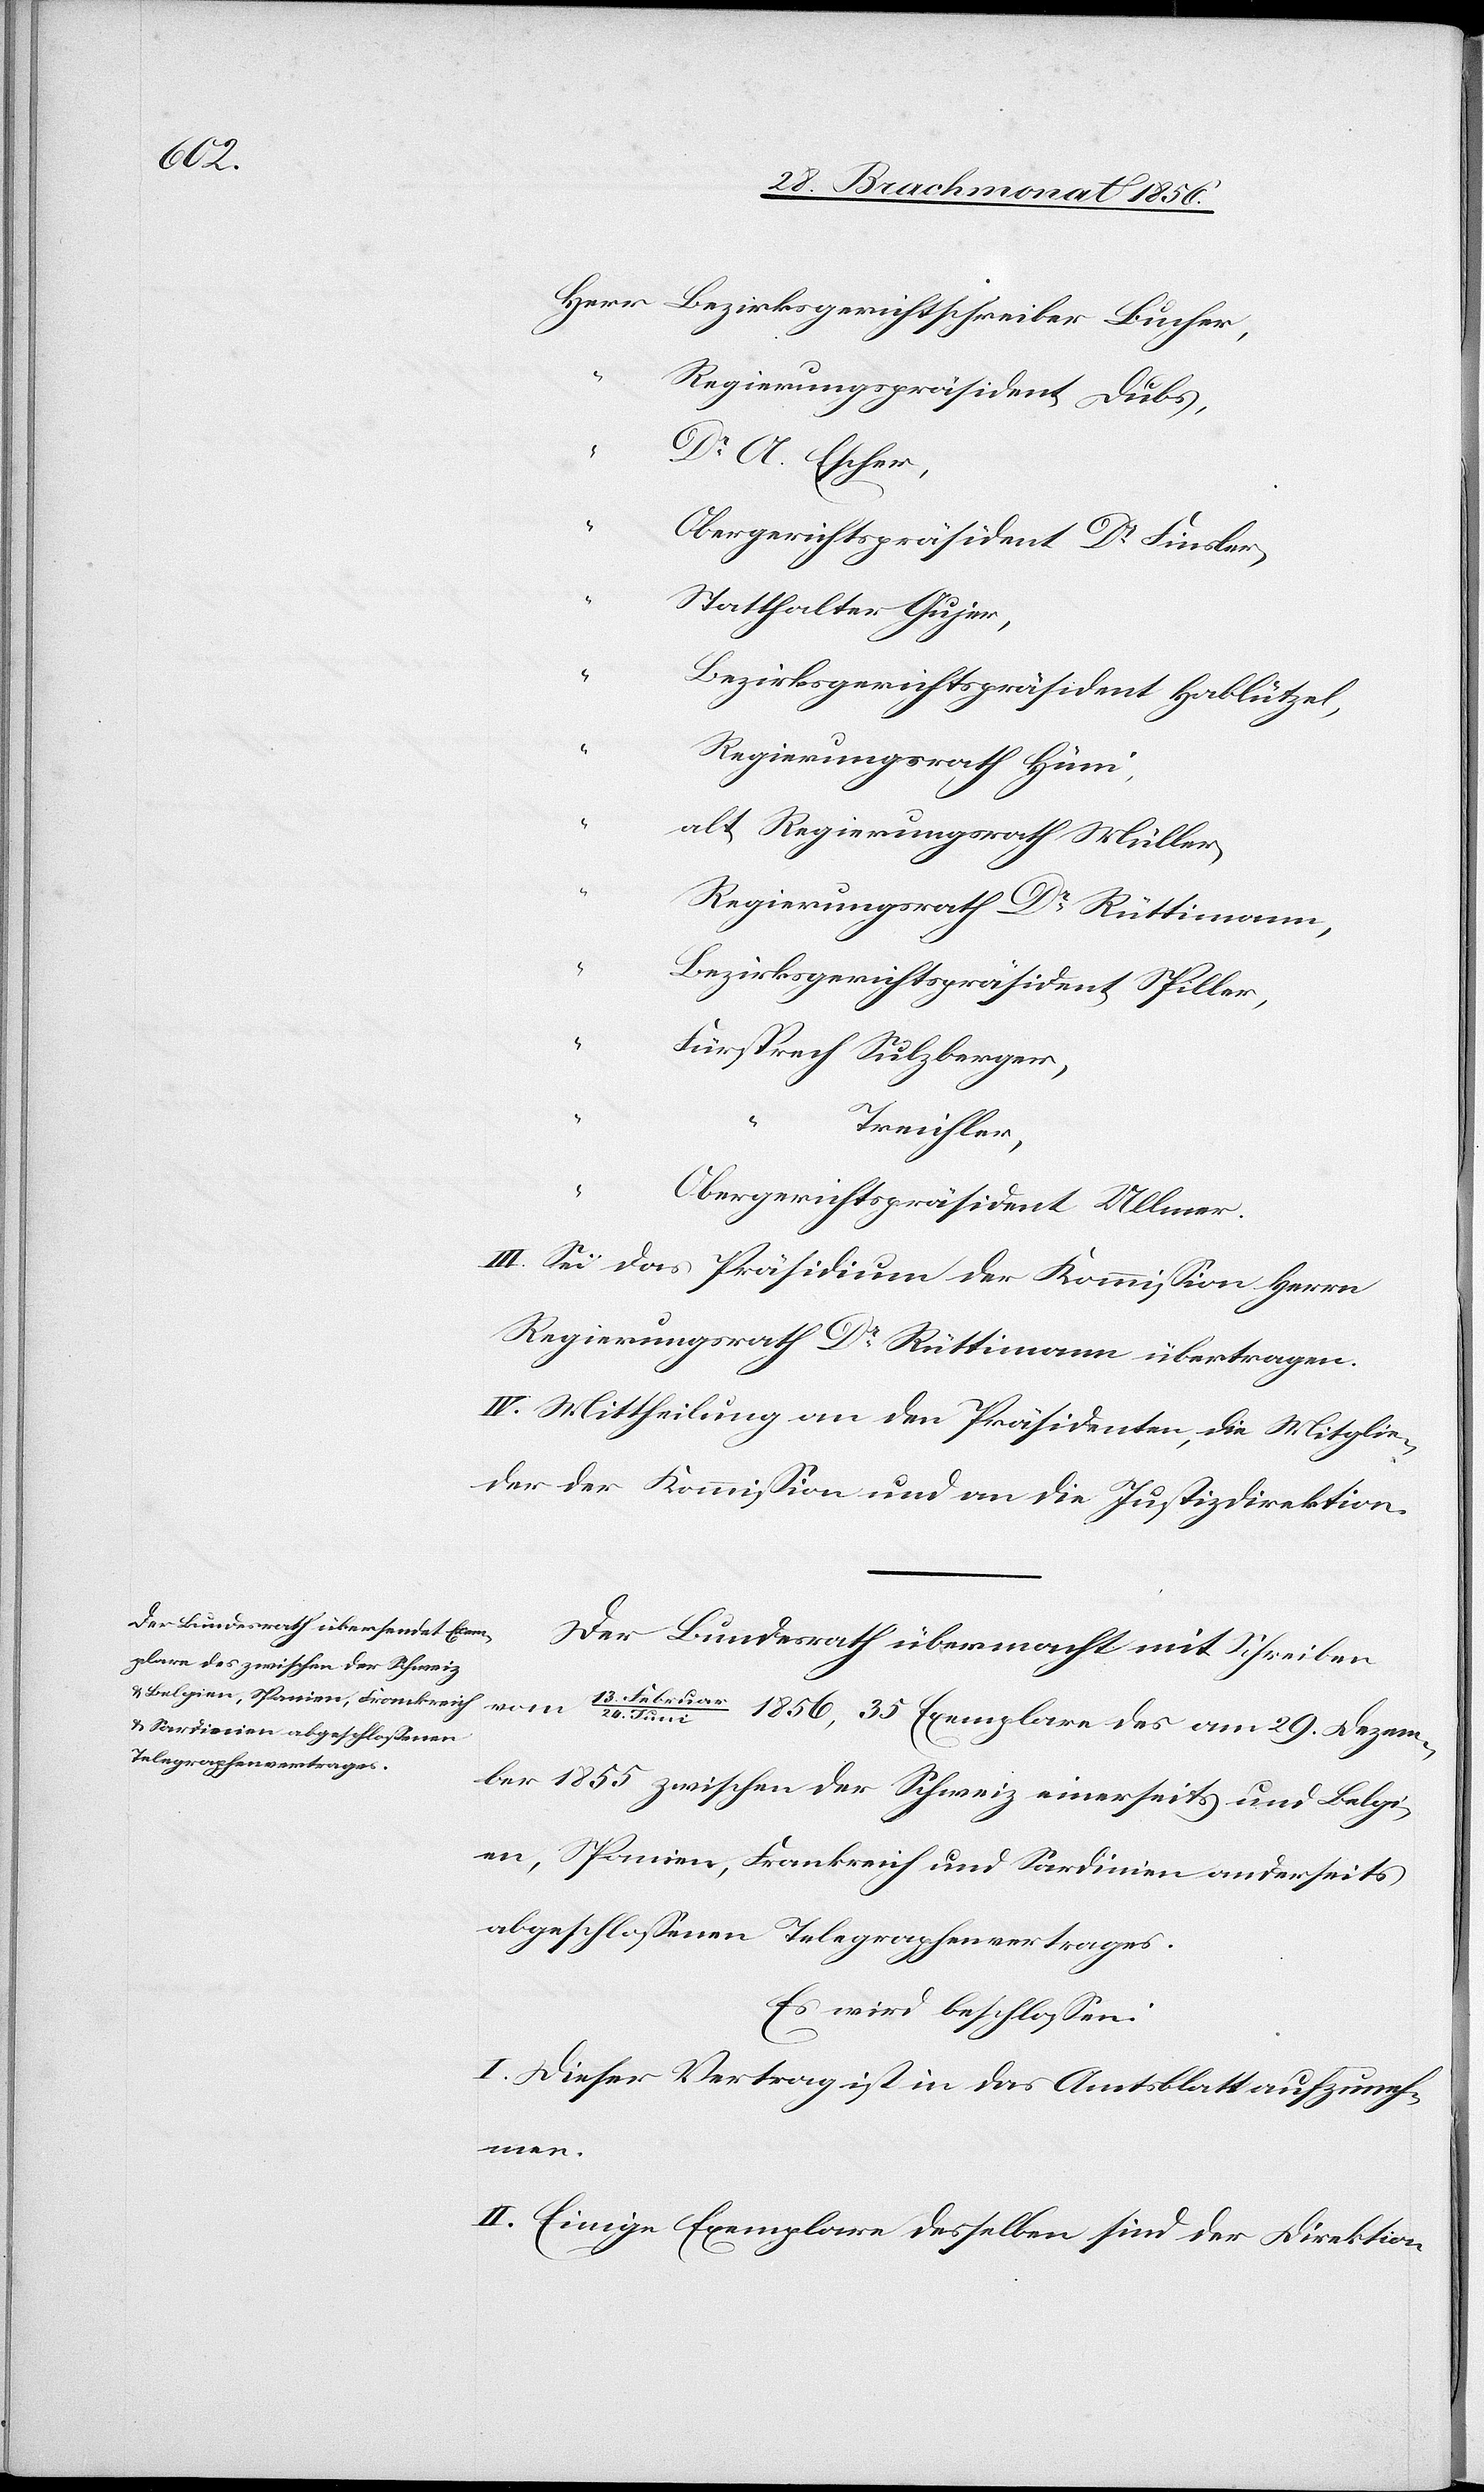
Regierungspräsident Dubs,
“
Dr A. Escher,
“
Obergerichtspräsident Dr Finsler,
Statthalter Gujer,
Bezirksgerichtspräsident Hablützel,
Regierungsrath Hüni,
alt Regierungsrath Müller,
Regierungsrath Dr Rüttimann,
Bezirksgerichtspräsident Spiller,
Treichler,
“
Obergerichtspräsident Ullmer.
III. Sei das Präsidium der Kommission Herrn
Regierungsrath Dr Rüttimann übertragen.
IV. Mittheilung an den Präsidenten, die Mitglie¬
der der Kommission und an die Justizdirektion.
Der Bundesrath übermacht mit Schreiben
vom 13. Februar/24.
Juni 1856, 35 Exemplare des am 29. Dezem¬
ber 1855 zwischen der Schweiz einerseits und Belgi¬
en, Spanien, Frankreich und Sardinien anderseits
abgeschlossenen Telegraphenvertrages.
Es wird beschlossen:
I. Dieser Vertrag ist in das Amtsblatt aufzuneh¬
men.
II. Einige Exemplare desselben sind der Direktion